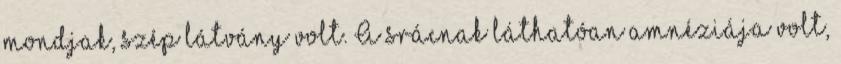
mondjak, szép látvány volt. A srácnak láthatóan amnéziája volt,